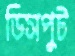
ডিসপুট